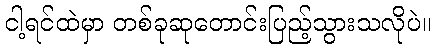
ငါ့ရင်ထဲမှာ တစ်ခုဆုတောင်းပြည့်သွားသလိုပဲ။